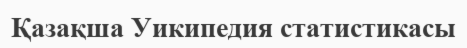
Қазақша Уикипедия статистикасы